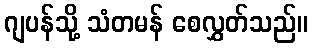
ဂျပန်သို့ သံတမန် စေလွှတ်သည်။